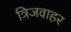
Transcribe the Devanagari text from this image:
त्रिजवाहर